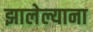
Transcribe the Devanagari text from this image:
झालेल्याना